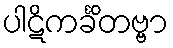
ပါဋိကင်္ခိတဗ္ဗာ